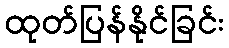
ထုတ်ပြန်နိုင်ခြင်း